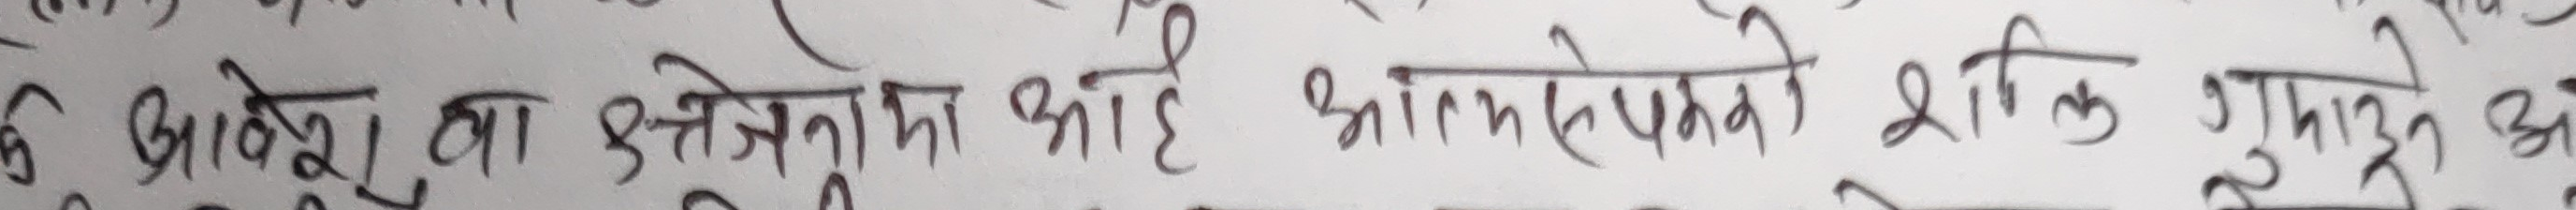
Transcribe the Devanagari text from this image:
६ आवेश वा ऊर्जस्तोका आदि आभभभले पतमे शक्ति गुदनाउने